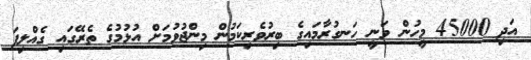
އަދި 45000 މީހުން ވަނީ ހަނގުރާމައިގެ ބިރުވެރިކަމުން މިންޖުވުމަށް އުޅުމުގެ ތެރޭގައި ގެއްލިފަ